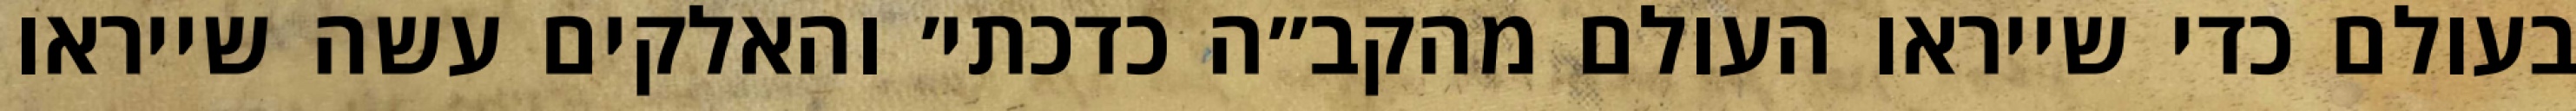
בעולם כדי שייראו העולם מהקב״ה כדכתי׳ והאלקים עשה שייראו